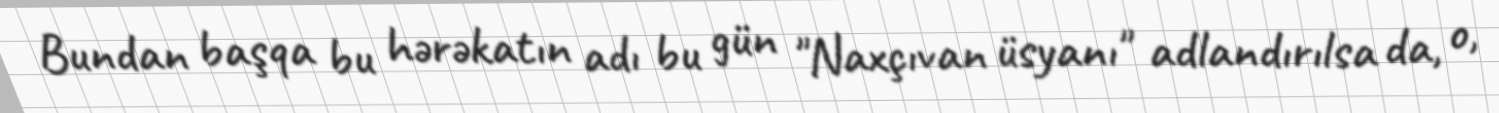
Bundan başqa bu hərəkatın adı bu gün "Naxçıvan üsyanı" adlandırılsa da, o,